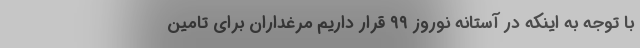
با توجه به اینکه در آستانه نوروز ۹۹ قرار داریم مرغداران برای تامین